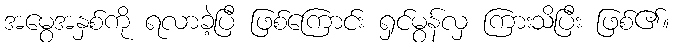
အမွေအနှစ်ကို ရလာခဲ့ပြီ ဖြစ်ကြောင်း ရှင်မွန်လှ ကြားသိပြီး ဖြစ်၏။